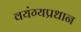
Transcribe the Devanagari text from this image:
वयंग्यप्रधान